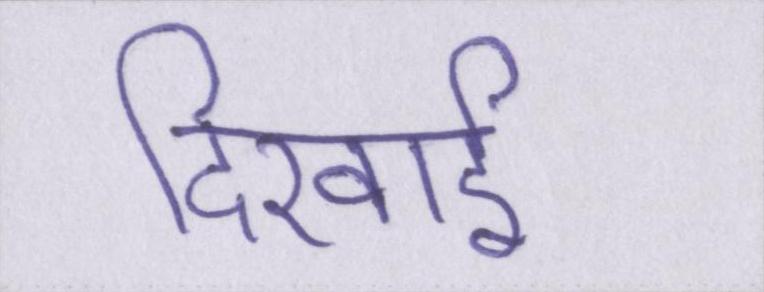
दिखाई